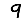
Digit: 9